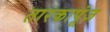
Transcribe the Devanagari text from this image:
तारकापूंज